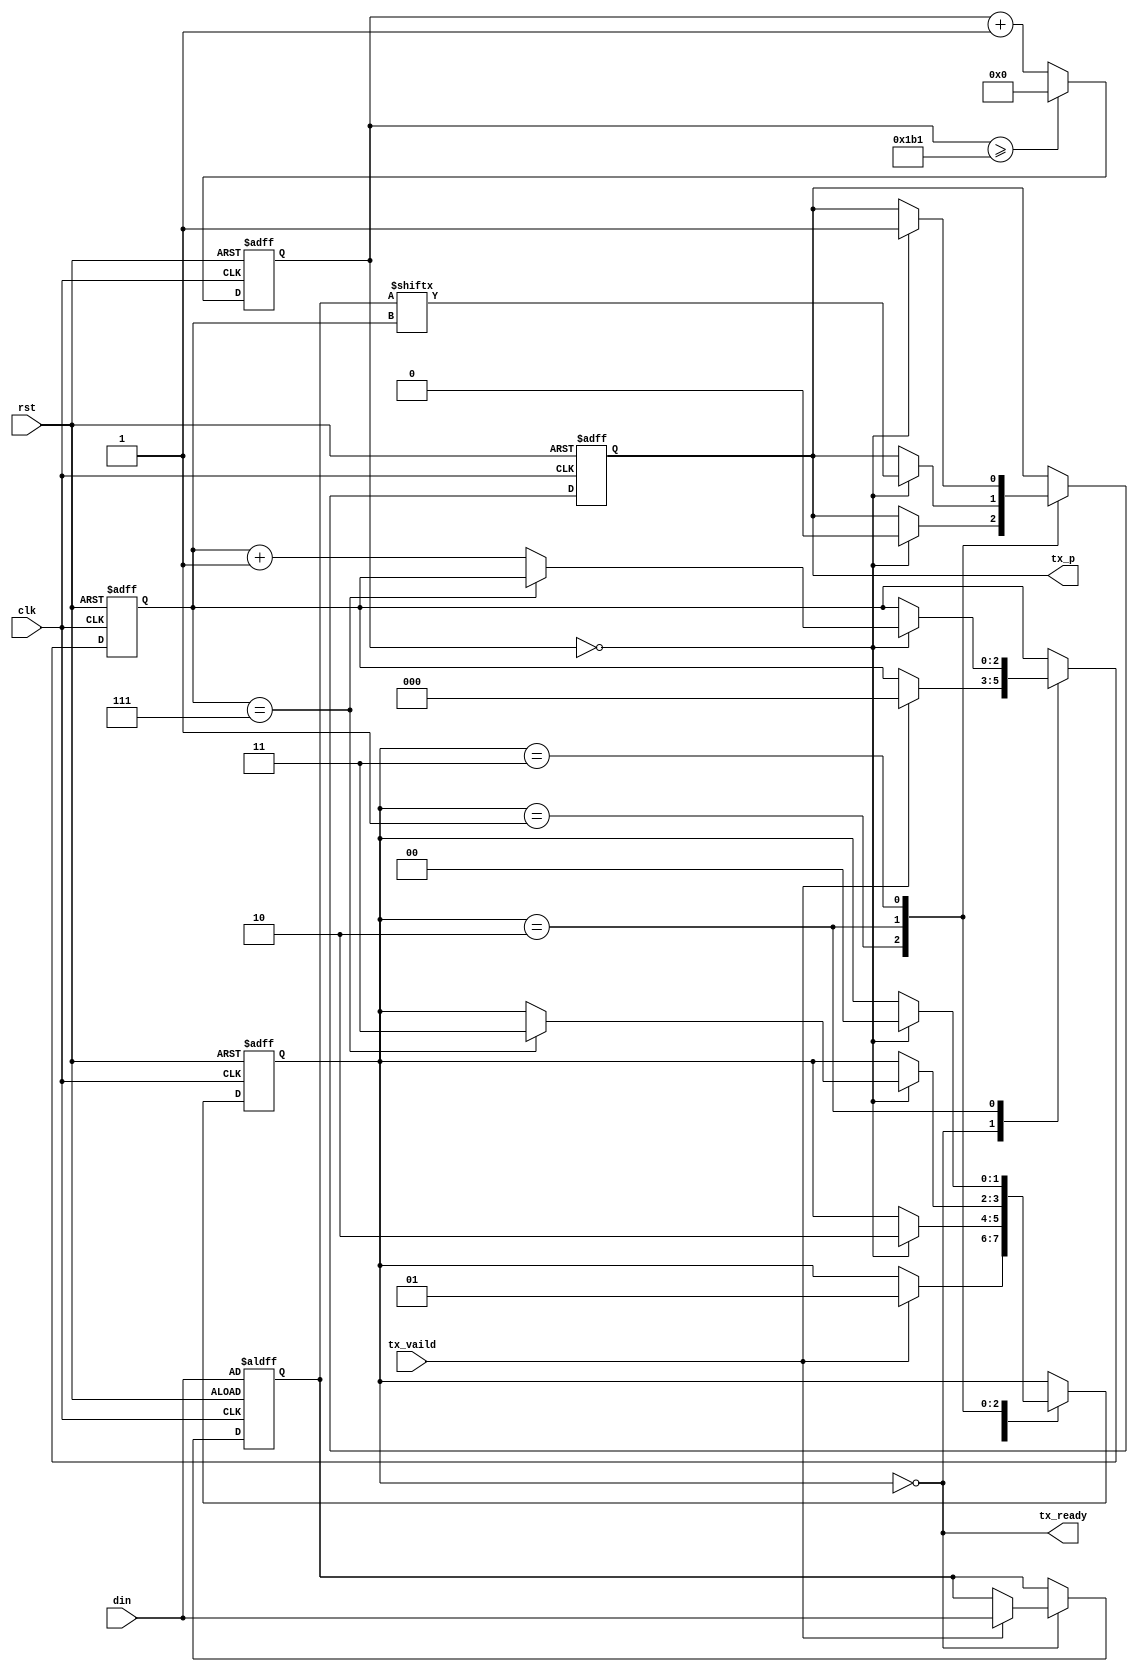
module uart_tx #(
    parameter CLK_FRE = 50,           // clock frequency (Mhz)
	parameter BAUD_RATE = 115200,     // serial baud rate
    parameter STOP_BIT_W = 2'b00, 	  //00: stop_bit = 1; 01: stop_bit = 1.5 ; 10 : stop_bit = 2
	parameter CHECKSUM_MODE = 2'b00,  //00:space, 01:odd ,10:even ,11:mask
	parameter CHECKSUM_EN = 1'b0
)(
    input  wire       clk,       // clock input
    input  wire       rst,       // reset input, high active
    input  wire [7:0] din,       // data to send
    input  wire       tx_vaild,  // sent enable
    output wire       tx_ready,  // send ready
    output reg        tx_p       // serial data output
);

// calculates the clock cycle for baud rate 
localparam CYCLE = CLK_FRE * 1000000 / BAUD_RATE;
// state machine code
localparam STATE_IDLE  = 2'b00;
localparam STATE_START = 2'b01;  // start bit
localparam STATE_DATA  = 2'b10;  // data bits
localparam STATE_STOP  = 2'b11;  // stop bit
reg  [1:0] state = STATE_IDLE;

reg  [7:0] data = 8'h0;
reg  [2:0] bitpos = 3'h0;
reg  [$clog2(CYCLE)+1:0] tx_clkcnt = 0;

wire tx_clk;
assign tx_clk = (tx_clkcnt == 0);
assign tx_ready = (state == STATE_IDLE);

always @(posedge clk or posedge rst) begin
    if (rst)
        tx_clkcnt <= 0;
    else if (tx_clkcnt >= CYCLE - 1)
        tx_clkcnt <= 0;
    else
        tx_clkcnt <= tx_clkcnt + 1;
end

always @(posedge clk or posedge rst) begin
    if (rst) begin
        state <= STATE_IDLE;
        data <= din;
        bitpos <= 3'h0;
        tx_p <= 1'b1;
    end
    else
        case (state)
        STATE_IDLE:
            if (tx_vaild) begin
                state <= STATE_START;
                data <= din;
                bitpos <= 3'h0;
            end
        STATE_START:
            if (tx_clk) begin
                tx_p <= 1'b0;
                state <= STATE_DATA;
            end
        STATE_DATA:
            if (tx_clk) begin
                if (bitpos == 3'h7)
                    state <= STATE_STOP;
                else
                    bitpos <= bitpos + 3'h1;
                tx_p <= data[bitpos];
            end
        STATE_STOP:
            if (tx_clk) begin
                tx_p <= 1'b1;
                state <= STATE_IDLE;
            end
        default:
           state <= STATE_IDLE;
        endcase
end

endmodule